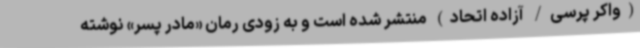
(واکر پرسی/ آزاده اتحاد) منتشر شده است و به زودی رمان «مادر پسر» نوشته